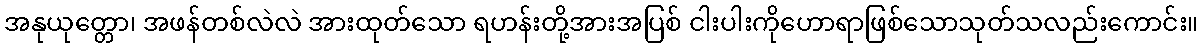
အနုယုတ္တော၊ အဖန်တစ်လဲလဲ အားထုတ်သော ရဟန်းတို့အားအပြစ် ငါးပါးကိုဟောရာဖြစ်သောသုတ်သလည်းကောင်း။